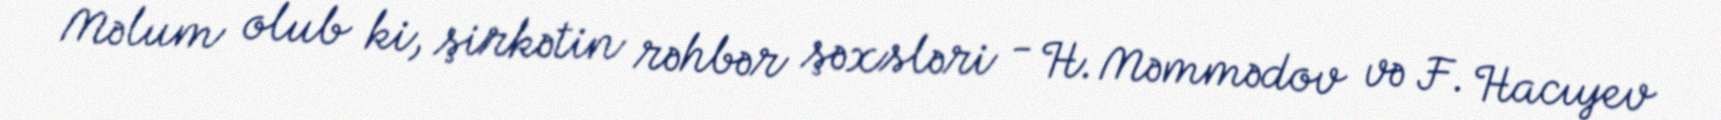
Məlum olub ki, şirkətin rəhbər şəxsləri - H. Məmmədov və F. Hacıyev